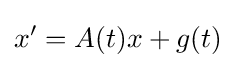
x'=A(t)x+g(t)